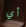
أي